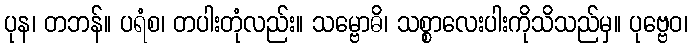
ပုန၊ တဘန်။ ပရံစ၊ တပါးတုံလည်း။ သမ္ဗောဓိ၊ သစ္စာလေးပါးကိုသိသည်မှ။ ပုဗ္ဗေဝ၊